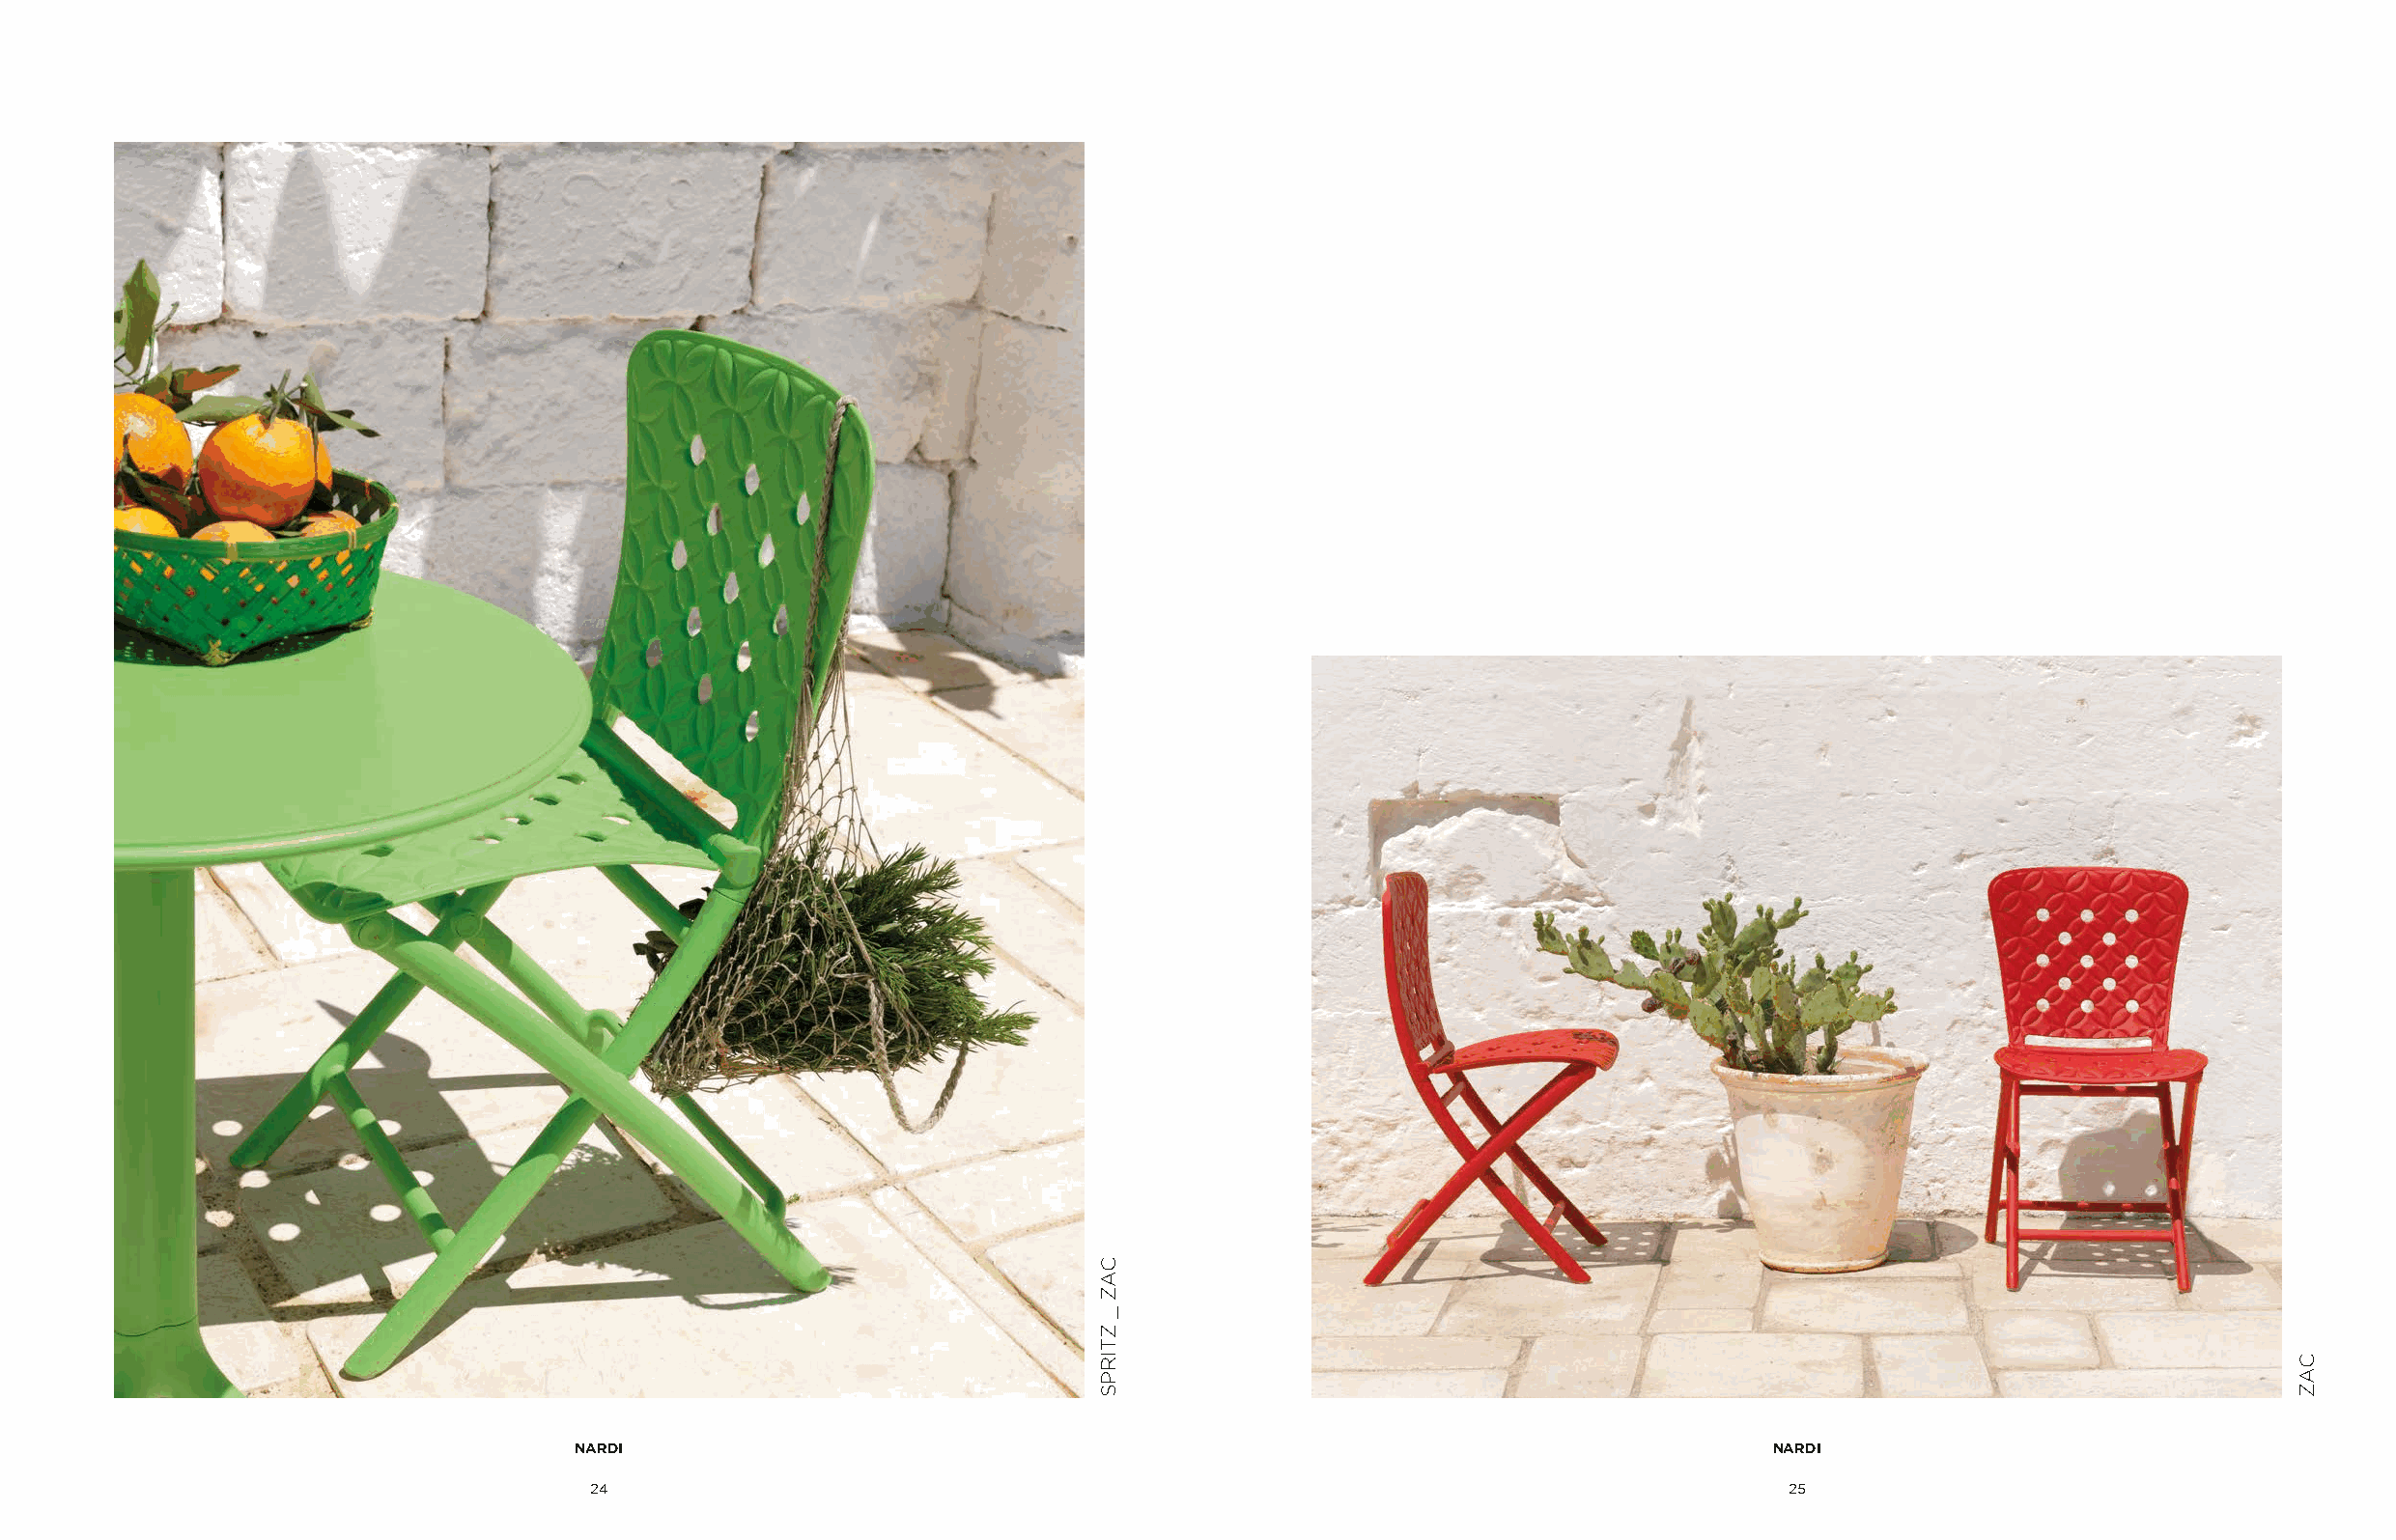
NARDI                                                                              NARDI
 24                                                                                 25
 CAZ
 _
 ZTIRPS
 CAZ